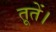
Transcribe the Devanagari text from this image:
तूतें।